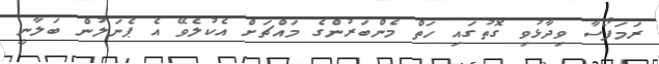
ރަމަފޯސާ ވިދާޅުވި ގޮތުގައި ހަތް މެންބަރުންގެ މައްޗަށް އެކުލެވޭ އެ ޕެނަލުން ބަލާނީ